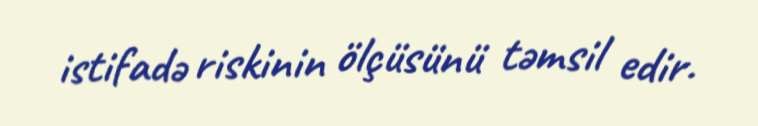
istifadə riskinin ölçüsünü təmsil edir.